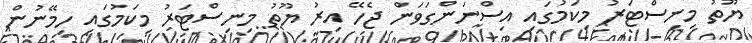
ޔޫތު މިނިސްޓަރު މިކަމުގައި އިސްނަންގަވަން ޖެހޭ އިރު ޔޫތު މިނިސްޓަރު މިކަމުގައި ހިމޭނުން